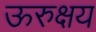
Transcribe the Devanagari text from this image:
ऊरुक्षय